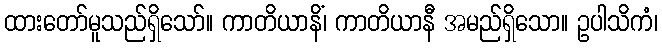
ထားတော်မူသည်ရှိသော်။ ကာတိယာနိံ၊ ကာတိယာနီ အမည်ရှိသော။ ဥပါသိကံ၊